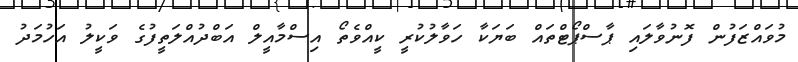
މުވައްޒަފުން ފޮނުވާލައި ޕާސްޕޯޓްތައް ބަޔަކާ ހަވާލުކުރީ ކީއްވެތޯ އިސްމާއީލް އަބްދުއްލަތީފުގެ ވަކީލު އަހުމަދު